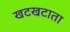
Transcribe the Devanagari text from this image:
खटखटाता